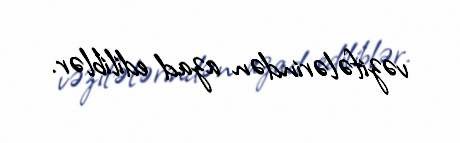
vəzifələrindən azad ediliblər.